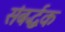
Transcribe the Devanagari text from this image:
संबर्द्धक